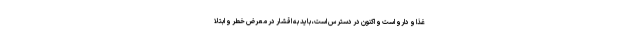
غذا و دارو است و اکنون در دسترس است، باید به اقشار در معرض خطر و ابتلا